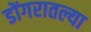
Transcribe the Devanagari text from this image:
डोंगरातल्या